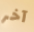
آخر